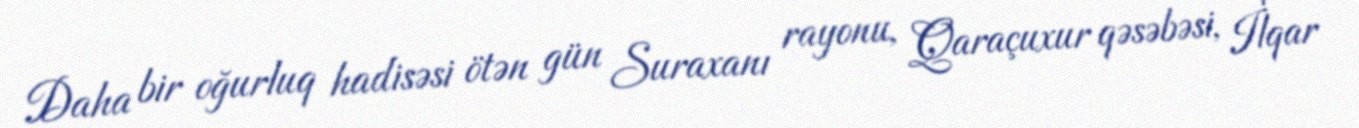
Daha bir oğurluq hadisəsi ötən gün Suraxanı rayonu, Qaraçuxur qəsəbəsi, İlqar